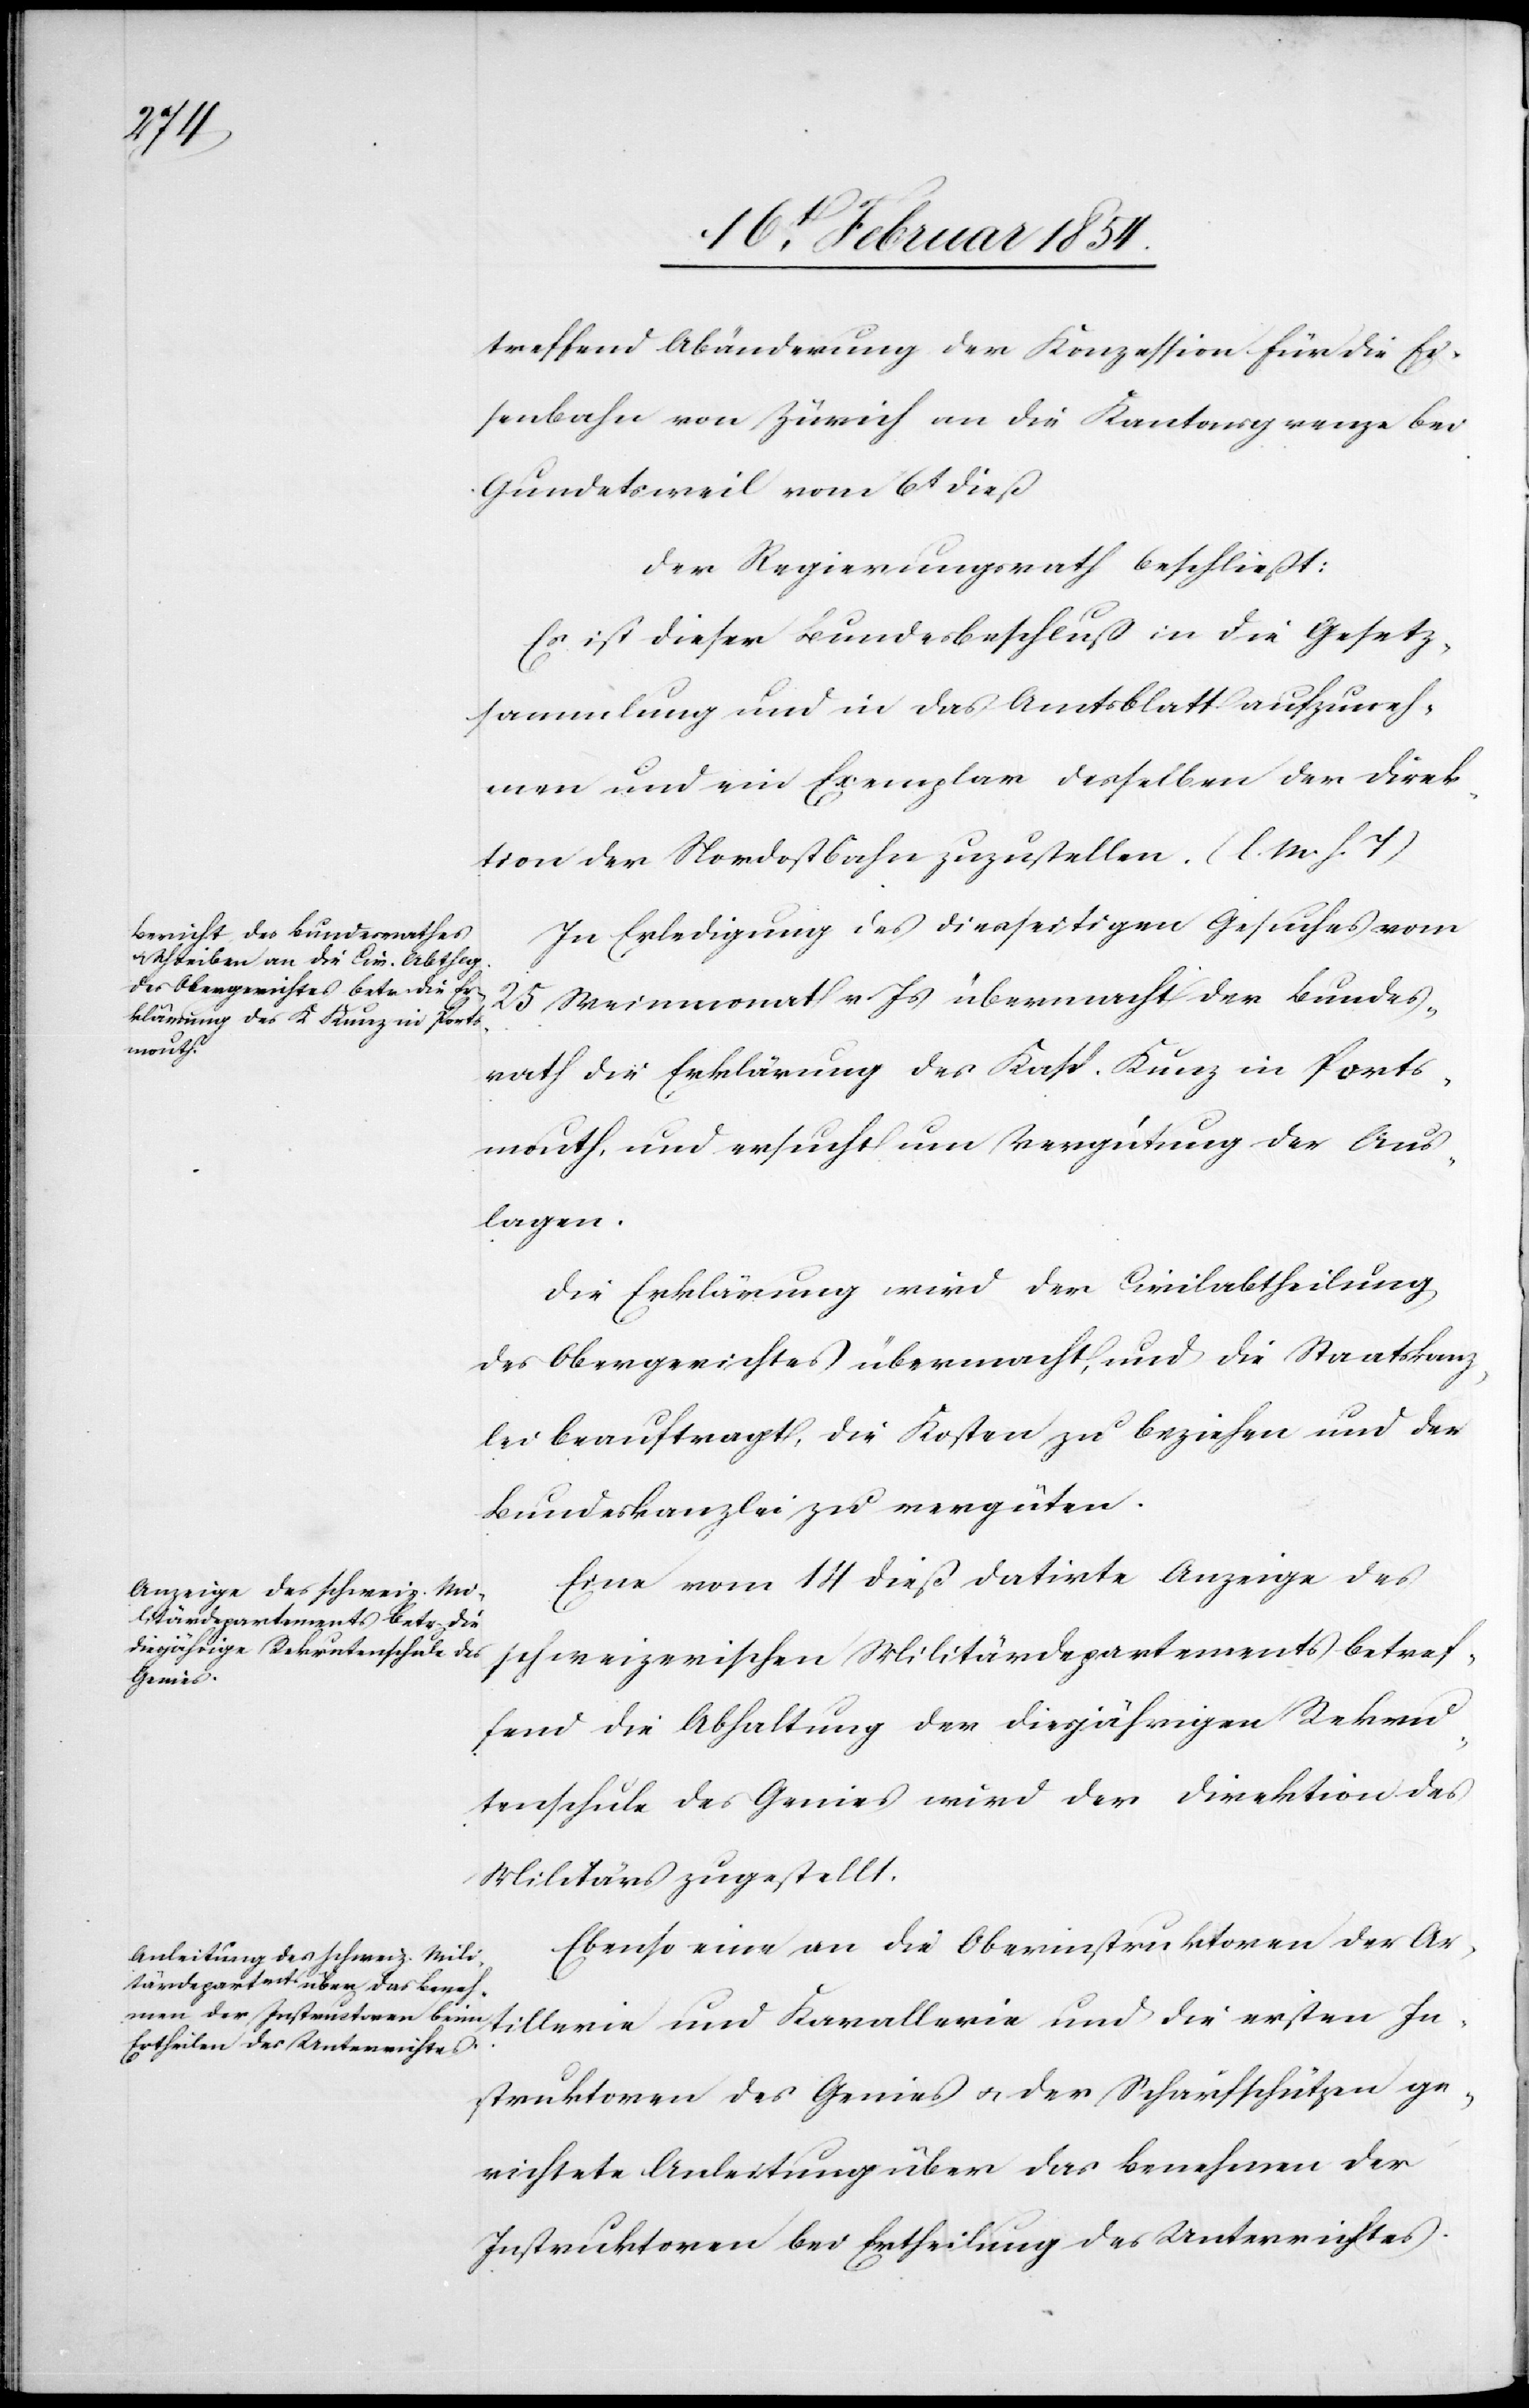
treffend Abänderung der Konzession für die Ei¬
senbahn von Zürich an die Kantonsgrenze bei
Gundetsweil vom 6t dieß
Der Regierungsrath beschließt:
Es ist dieser Bundesbeschluß in die Gesetz¬
sammlung und in das Amtsblatt aufzuneh¬
men und ein Exemplar desselben der Direk¬
tion der Nordostbahn zuzustellen. (l. M. h. T)
In Erledigung des diesseitigen Gesuches vom
25 Weinmonat v. Js übermacht der Bundes¬
rath die Erklärung des Kasp. Kunz in Ports¬
mouth, und ersucht um Vergütung der Aus¬
lagen.
Die Erklärung wird der Civilabtheilung
des Obergerichtes übermacht, und die Staatskanz¬
lei beauftragt, die Kosten zu beziehen und der
Bundeskanzlei zu vergüten.
Eine vom 14 dieß datirte Anzeige des
schweizerischen Militärdepartements betref¬
tillerie
fend die Abhaltung der diesjährigen Rekru¬
tenschule des Genies wird der Direktion des
Militärs zugestellt.
Ebenso eine an die Oberinstruktoren der Ar¬
Instruktoren des Genies u. der Scharfschützen ge¬
richtete Anleitung über das Genehmen der
Instruktoren bei Ertheilung des Unterrichtes.